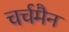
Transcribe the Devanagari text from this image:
चर्चमैन